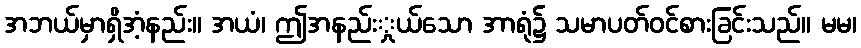
အဘယ်မှာရှိအံ့နည်း။ အယံ၊ ဤအနည်းှုယ်သော အာရုံ၌ သမာပတ်ဝင်စားခြင်းသည်။ မမ၊